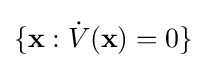
\{\mathbf {x} :{\dot {V}}(\mathbf {x} )=0\}